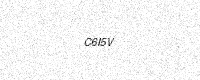
Text: C6I5V